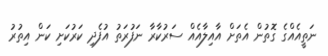
ނަތީއެއްގެ ގޮތުން އެތަށް އާއިލާއެއް ސަރުކާރާ ނަފުރަތު އުފެދި ކަރުކަށި ކަން އިތުރު